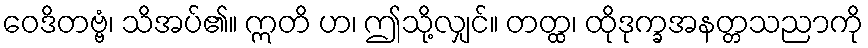
ဝေဒိတဗ္ဗံ၊ သိအပ်၏။ ဣတိ ဟ၊ ဤသို့လျှင်။ တတ္ထ၊ ထိုဒုက္ခအနတ္တသညာကို